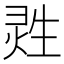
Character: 𱫟